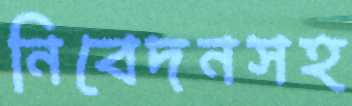
নিবেদনসহ